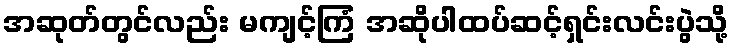
အဆုတ်တွင်လည်း မကျင့်ကြံ အဆိုပါထပ်ဆင့်ရှင်းလင်းပွဲသို့